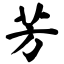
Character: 芳